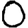
Digit: 0